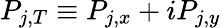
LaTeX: P_{j,T}\equiv P_{j,x}+iP_{j,y}